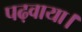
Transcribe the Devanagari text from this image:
पढ़वाया।